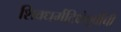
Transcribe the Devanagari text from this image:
शिवधर्मदिक्षेपूर्वीची